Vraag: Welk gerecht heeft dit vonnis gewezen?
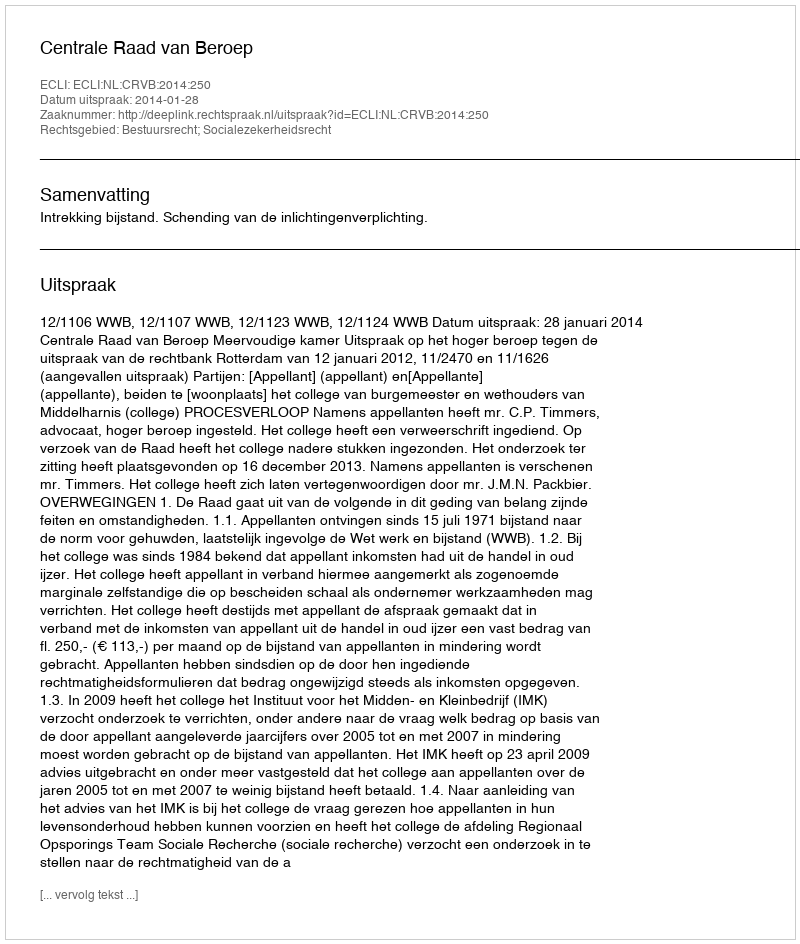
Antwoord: Centrale Raad van Beroep